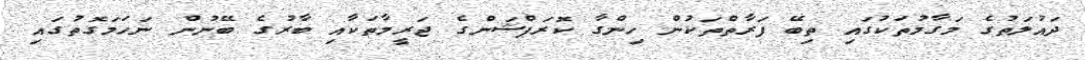
ދައުލަތުގެ މަގާމުތަކުގައި ތިބޭ ފަރާތްތަކުން ހިންގާ ކޮރަޕްޝަންގެ ޖަރީމާތަކާއި ބާރުގެ ބޭނުން ނަހަމަގޮތުގައި